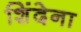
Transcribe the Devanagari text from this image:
शिंदेना